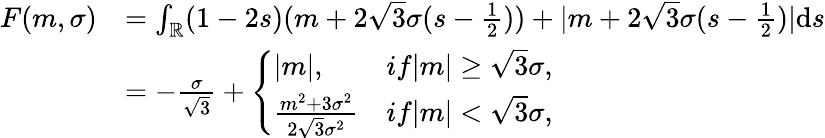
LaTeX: \begin{array}{rl}{F(m,\sigma)}&{=\int_{\mathbb{R}}(1-2s)(m+2\sqrt{3}\sigma(s-\frac 12))+|m+2\sqrt{3}\sigma(s-\frac 12)|\mathrm{d}s}\\ &{=-\frac{\sigma}{\sqrt{3}}+\left\{ \begin{array}{ll}{|m|,}&{if|m|\geq\sqrt{3}\sigma,}\\ {\frac{m^{2}+3\sigma^{2}}{2\sqrt{3}\sigma^{2}}}&{if|m|<\sqrt{3}\sigma,}\end{array}\right.}\end{array}